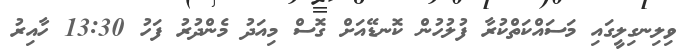
ވިލިނގިލީގައި މަސައްކަތްކުރާ ފުލުހުން ކޮނޑޭއަށް ގޮސް މިއަދު މެންދުރު ފަހު 13:30 ހާއިރު